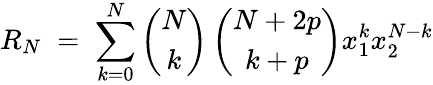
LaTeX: R_{N}\; =\; \sum_{k=0}^{N}\left(\begin{array}{c}{{N}}\\ {{k}}\end{array}\right)\left(\begin{array}{c}{{N+2p}}\\ {{k+p}}\end{array}\right)x_{1}^{k}x_{2}^{N-k}